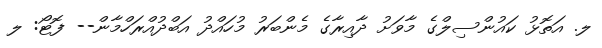
ލ. އަތޮޅު ކައުންސިލްގެ މާވަށު ދާއިރާގެ މެންބަރު މުހައްދު އަބްދުއްރަހްމާން-- ފޮޓޯ: ލ